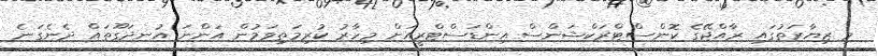
މި ޒިޔާރަތުގައި ރާއްޖޭގެ ކޮންސްޓްރަކްޝަންސް އިންޑަސްޓްރީއަށް މިހާރު ކުރިމަތިވަމުން އަންނަ އުނދަގޫތައް ދެނެގަނެ